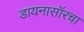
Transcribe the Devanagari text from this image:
डायनासॉरचा